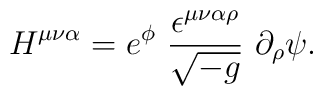
H^{\mu\nu\alpha} =e^{\phi}~\frac{\epsilon^{\mu\nu\alpha\rho}}{\sqrt{-g}}~\partial_{\rho}\psi.